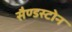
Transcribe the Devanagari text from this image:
सैण्डस्टोन